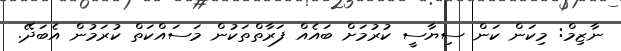
ނާޒިމް: މިކަން ކަން ސިޔާސީ ކުރުމަށް ބައެއް ފަރާތްތަކުން މަސައްކަތް ކުރަމުން އެބަދޭ.